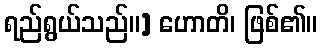
ရည်ရွယ်သည်။] ဟောတိ၊ ဖြစ်၏။